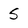
Character: S